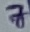
Text: 7